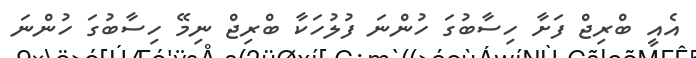
އެއީ ބްރިޖް ފަށާ ހިސާބުގަ ހުންނަ ފުލުހަކާ ބްރިޖް ނިމޭ ހިސާބުގަ ހުންނަ